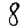
Digit: 8